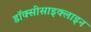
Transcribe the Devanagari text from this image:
डॉक्सीसाइक्लाइन